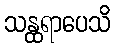
သန္ထရာပေသိ